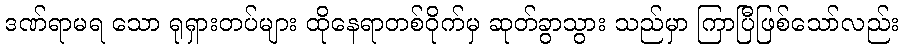
ဒဏ်ရာမရ သော ရုရှားတပ်များ ထိုနေရာတစ်ဝိုက်မှ ဆုတ်ခွာသွား သည်မှာ ကြာပြီဖြစ်သော်လည်း